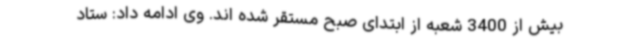
بیش از 3400 شعبه از ابتدای صبح مستقر شده اند. وی ادامه داد: ستاد